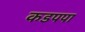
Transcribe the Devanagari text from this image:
कडपपा